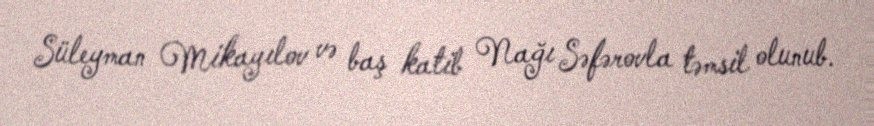
Süleyman Mikayılov və baş katib Nağı Səfərovla təmsil olunub.